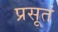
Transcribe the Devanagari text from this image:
प्रसूतं